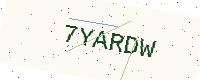
Text: 7YARDW